Report on lock hospitals in British Burma
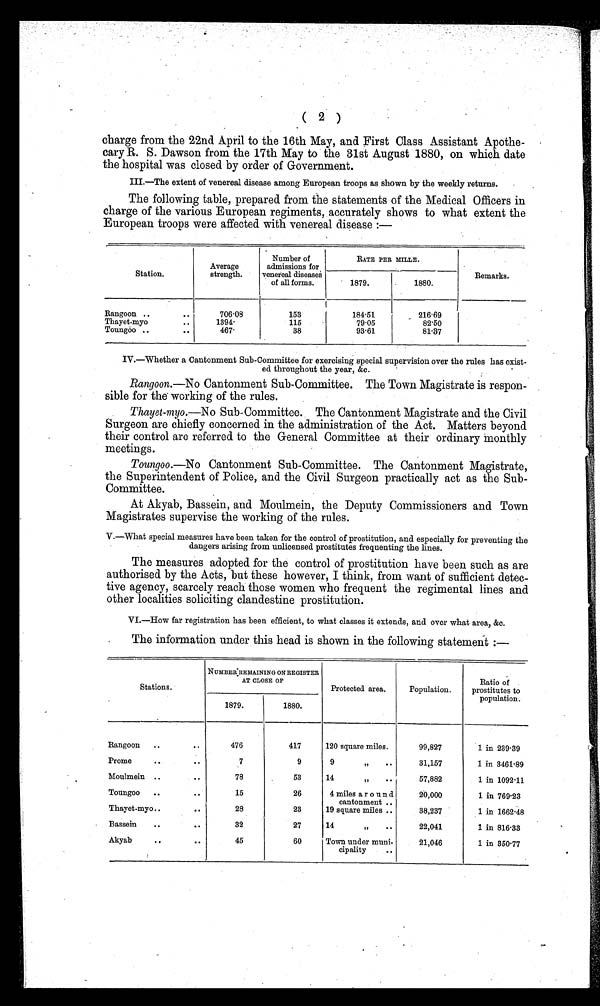
( 2 )
charge from the 22nd April to the 16th May, and First Class Assistant Apothe-
cary R. S. Dawson from the 17th May to the 31st August 1880, on which date
the hospital was closed by order of Government.
III.—The extent of venereal disease among European troops as shown by the weekly returns.
The following table, prepared from the statements of the Medical Officers in
charge of the various European regiments, accurately shows to what extent the
European troops were affected with venereal disease :—
Station.
Average
strength.
Number of
admissions for
venereal diseases
of all forms.
RATE PER MILLE.
Remarks.
1879.
1880.
Rangoon
..
.
706-08
153
184.51
216.69
Thayet-myo
1 3 9 4 .
115
79.05
82.50
Toungoo ..
4 6 7 .
38
93.61
81.37
IV.—Whether a Cantonment Sub-Committee for exercising special supervision over the rules has exist
ed throughout the year, &c.
Rangoon.—No Cantonment Sub-Committee. The Town Magistrate is respon
sible for the working of the rules.
Thayet-myo.— No Sub-Committee. The Cantonment Magistrate and the Civil
Surgeon are chiefly concerned in the administration of the Act. Matters beyond
their control are referred to the General Committee at their ordinary monthly
meetings.
Toungoo.—No Cantonment Sub-Committee. The Cantonment Magistrate,
the Superintendent of Police, and the Civil Surgeon practically act as the Sub-
Committee.
At Akyab, Bassein, and Moulmein, the Deputy Commissioners and Town
Magistrates supervise the working of the rules.
V.—What special measures have been taken for the control of prostitution, and especially for preventing the
dangers arising from unlicensed prostitutes frequenting the lines.
The measures adopted for the control of prostitution have been such as are
authorised by the Acts, but these however, I think, from want of sufficient detec
- t i v e a g e n c y , s c a r c e l y r e a c h t h o s e w o m e n w h o f r e q u e n t t h e r e g i m e n t a l l i n e s a n d
other localities soliciting clandestine prostitution.
VI’—How far registration has been efficient, to what classes it extends, and over what area, &c.
The information under this head is shown in the following statement :—
Stations.
NUMBERREMAINING ON REGISTER
AT CLOSE OF
Protected area.
Population.
Ratio of
prostitutes to
population.
1879.
1880.
Rangoon
..
. .
476
417
120 square miles.
99,827
1 in 239.39
Prome
..
. .
7
9
9
"
..
31,157
1 in 3461.89
Moulmein ..
78
53
14" . .
57,882
1 in 1092.11
Toungoo
..
15
26
4 miles a r o un d
cantonment ..
19 square miles ..
20,000
1 in 769.23
Thayet-myo..
..
28
23
38,237
1 in 1662.48
Bassein
..
. .
32
27
14
,,
. .
22,041
1 in 816.33
Akyab
..
. .
45
60
Town under muni-
cipality
..
21,046
1 in 350.77